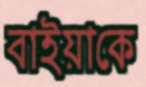
বাইয়াকে